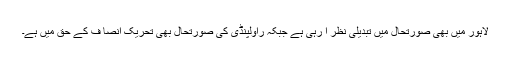
لاہور میں بھی صورتحال میں تبدیلی نظر آ رہی ہے جبکہ راولپنڈی کی صورتحال بھی تحریک انصا ف کے حق میں ہے۔